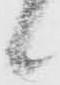
候